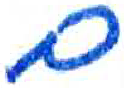
אות: ם